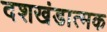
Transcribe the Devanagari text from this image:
दशखंडात्मक